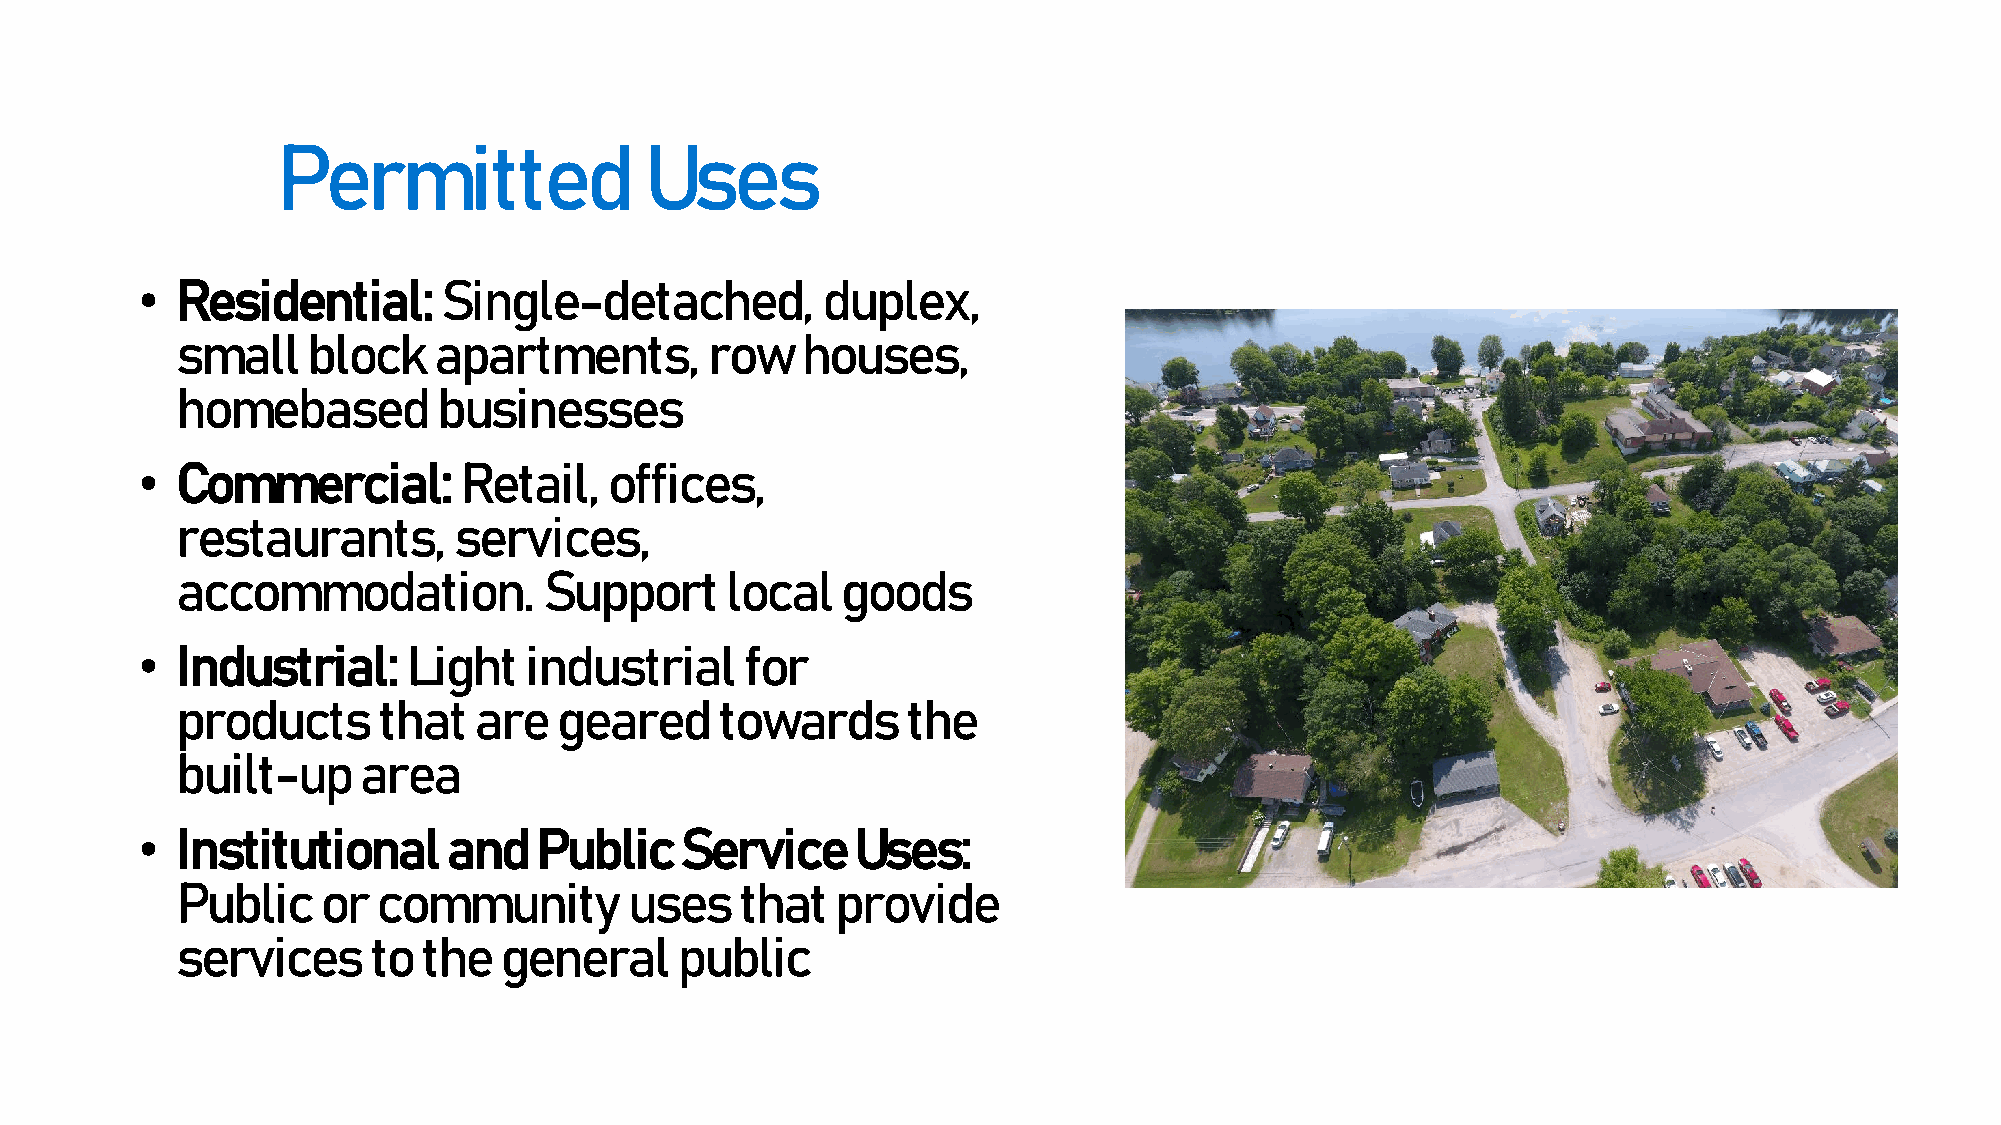
Permitted                Uses
 •  Residential:     Single-detached,         duplex,
 small   block    apartments,       row   houses,
 homebased        businesses
 •  Commercial:       Retail,   offices,
 restaurants,      services,
 accommodation.          Support     local   goods
 •  Industrial:    Light   industrial    for
 products     that  are   geared     towards     the
 built-up    area
 •  Institutional     and  Public    Service     Uses:
 Public   or  community        uses   that  provide
 services    to  the  general     public